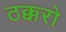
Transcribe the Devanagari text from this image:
ठक्करो